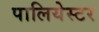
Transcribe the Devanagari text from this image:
पालियेस्टर